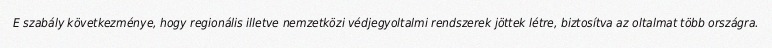
E szabály következménye, hogy regionális illetve nemzetközi védjegyoltalmi rendszerek jöttek létre, biztosítva az oltalmat több országra.